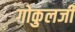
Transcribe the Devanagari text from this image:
गोकुलजी